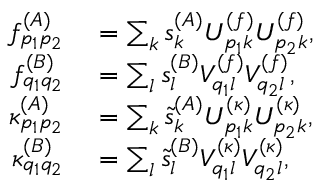
\begin{array} { r l } { f _ { p _ { 1 } p _ { 2 } } ^ { ( A ) } } & { { } = \sum _ { k } s _ { k } ^ { ( A ) } U _ { p _ { 1 } k } ^ { ( f ) } U _ { p _ { 2 } k } ^ { ( f ) } , } \\ { f _ { q _ { 1 } q _ { 2 } } ^ { ( B ) } } & { { } = \sum _ { l } s _ { l } ^ { ( B ) } V _ { q _ { 1 } l } ^ { ( f ) } V _ { q _ { 2 } l } ^ { ( f ) } , } \\ { \kappa _ { p _ { 1 } p _ { 2 } } ^ { ( A ) } } & { { } = \sum _ { k } \tilde { s } _ { k } ^ { ( A ) } { U } _ { p _ { 1 } k } ^ { ( \kappa ) } { U } _ { p _ { 2 } k } ^ { ( \kappa ) } , } \\ { \kappa _ { q _ { 1 } q _ { 2 } } ^ { ( B ) } } & { { } = \sum _ { l } \tilde { s } _ { l } ^ { ( B ) } { V } _ { q _ { 1 } l } ^ { ( \kappa ) } { V } _ { q _ { 2 } l } ^ { ( \kappa ) } , } \end{array}